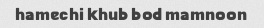
hamechi khub bod mamnoon